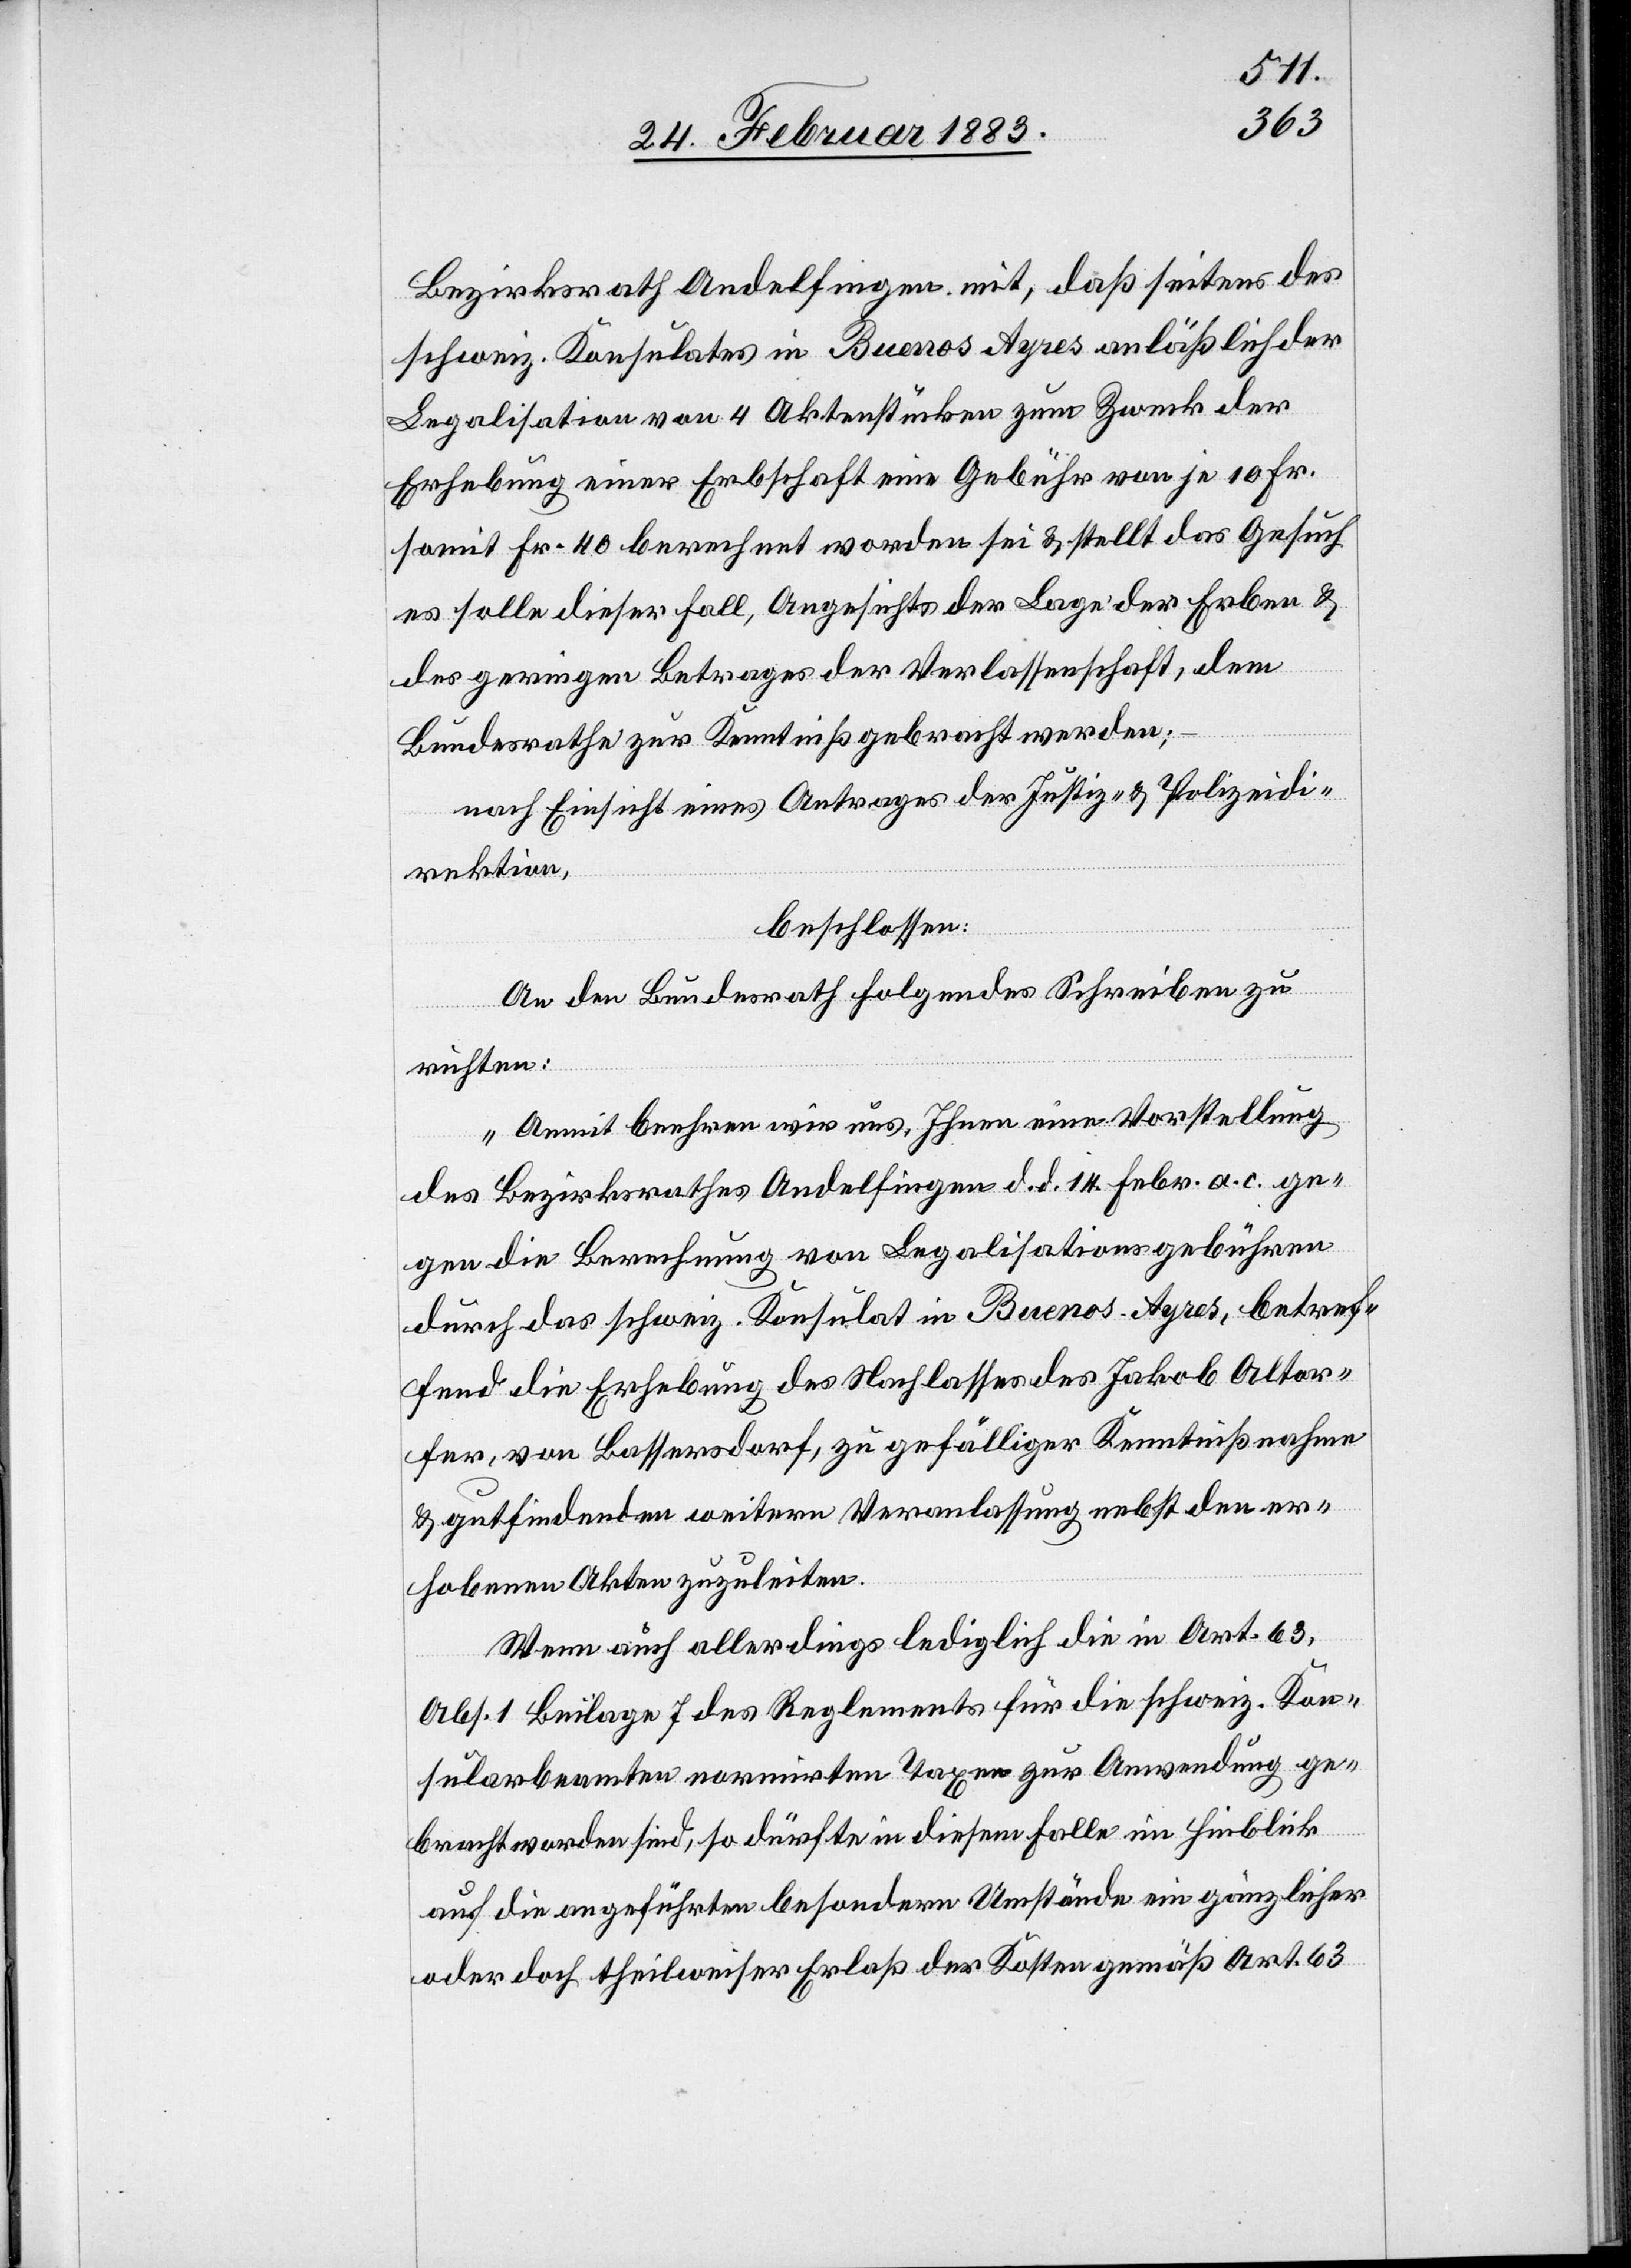
Bezirksrath Andelfingen mit, daß seitens des
schweiz. Konsulates in Buenos Ayres anläßlich der
Legalisation von 4 Aktenstücken zum Zweck der
Erhebung einer Erbschaft eine Gebühr von je 10 Fr.
somit 40 Fr. berechnet worden sei & stellt das Gesuch
es solle dieser Fall, Angesichts der Lage der Erben &
des geringen Betrages der Verlassenschaft, dem
Bundesrathe zur Kenntniß gebracht werden;
nach Einsicht eines Antrages der Justiz- & Polizeidi¬
rektion,
beschlossen:
An den Bundesrath folgendes Schreiben zu
richten:
„Anmit beehren wir uns, Ihnen eine Vorstellung
des Bezirksrathes Andelfingen d. d. 14. Febr. a. c. ge¬
gen die Berechnung von Legalisationsgebühren
durch das schweiz. Konsulat in Buenos-Ayres, betref¬
fend die Erhebung des Nachlasses des Jakob Altor¬
fer, von Bassersdorf, zu gefälliger Kenntnißnahme
& gutfindenden weitern Veranlassung nebst den er¬
hobenen Akten zuzuleiten.
Wenn auch allerdings lediglich die in Art. 63,
Abs. 1 Beilage 7 des Reglements für die schweiz. Kon¬
sularbeamten normirten Taxen zur Anwendung ge¬
bracht worden sind, so dürfte in diesem Falle im Hinblick
auf die angeführten besondern Umstände ein gänzlicher
oder doch theilweiser Erlaß der Kosten gemäß Art. 63